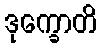
ဒုက္ခောတိ